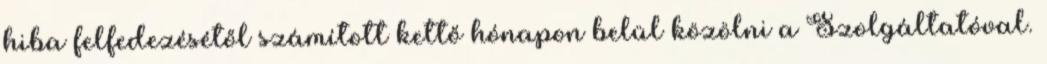
hiba felfedezésétől számított kettő hónapon belül közölni a Szolgáltatóval.